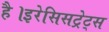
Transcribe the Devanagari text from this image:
है।इरेसिसट्रेट्स